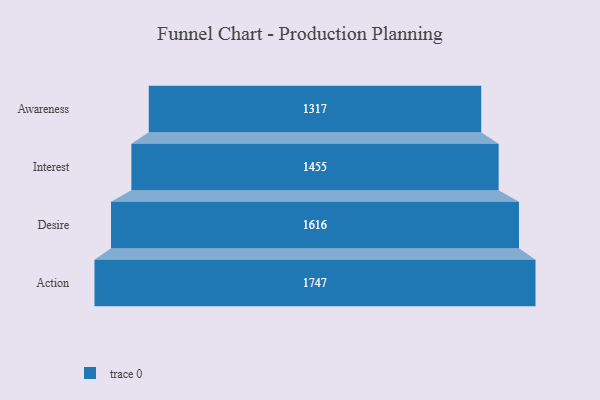
{"axis": {"x": "Stage", "y": "Value"}, "legend": [""], "data": [{"x": "Awareness", "y": 1317.0, "type": ""}, {"x": "Interest", "y": 1455.0, "type": ""}, {"x": "Desire", "y": 1616.0, "type": ""}, {"x": "Action", "y": 1747.0, "type": ""}]}